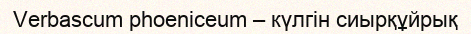
Verbascum phoeniceum – күлгін сиырқұйрық